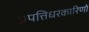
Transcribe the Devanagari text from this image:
प्रपत्तिधरकारिणो